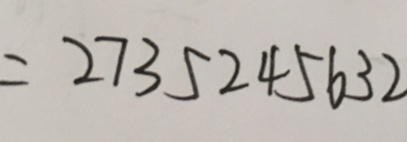
= 2 7 3 5 2 4 5 6 3 2